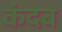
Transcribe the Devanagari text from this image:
कंदब